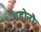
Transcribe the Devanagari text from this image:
डोनौ